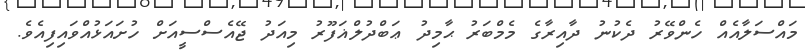
މައްސަލާއެއް ހެންވޭރު ދެކުނު ދާއިރާގެ މެމްބަރު ޙާމިދު ޢަބްދުލްޣަފޫރު މިއަދު ޖޭއެސްސީއަށް ހުށައަޅުއްވައިފިއެވެ.